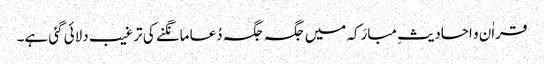
قراٰن و احادیثِ مبارَکہ میں جگہ جگہ دُعا مانگنے کی ترغیب دلائی گئی ہے۔